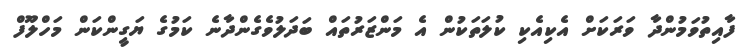
ފާއިތުވަމުންދާ ވަރަކަށް އެކިއެކި ކުލަތަކުން އެ މަންޒަރުތައް ބަދަލުވެގެންދާނެ ކަމުގެ ޔަގީންކަން މަހްލޫފް